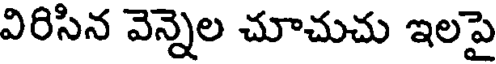
విరిసిన వెన్నెల చూచుచు ఇలపై